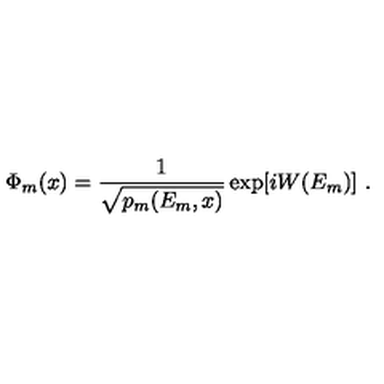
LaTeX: \Phi _ { m } ( x ) = { \frac { 1 } { \sqrt { p _ { m } ( E _ { m } , x ) } } } \exp [ i W ( E _ { m } ) ] \ .